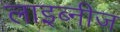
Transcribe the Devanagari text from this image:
लाइब्नीज